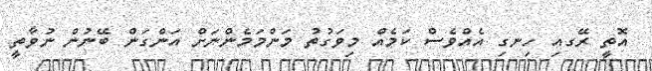
އޮތީ ރޭގއި ހިނގި އެއްވެސް ކަމެއް މިވަގުތު މަންމަމެންނަށް އަންގަން ބޭނުން ނުވާތީ